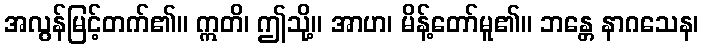
အလွန်မြင့်တက်၏။ ဣတိ၊ ဤသို့။ အာဟ၊ မိန့်တော်မူ၏။ ဘန္တေ နာဂသေန၊